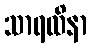
သာရထိနာ